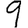
Digit: 9